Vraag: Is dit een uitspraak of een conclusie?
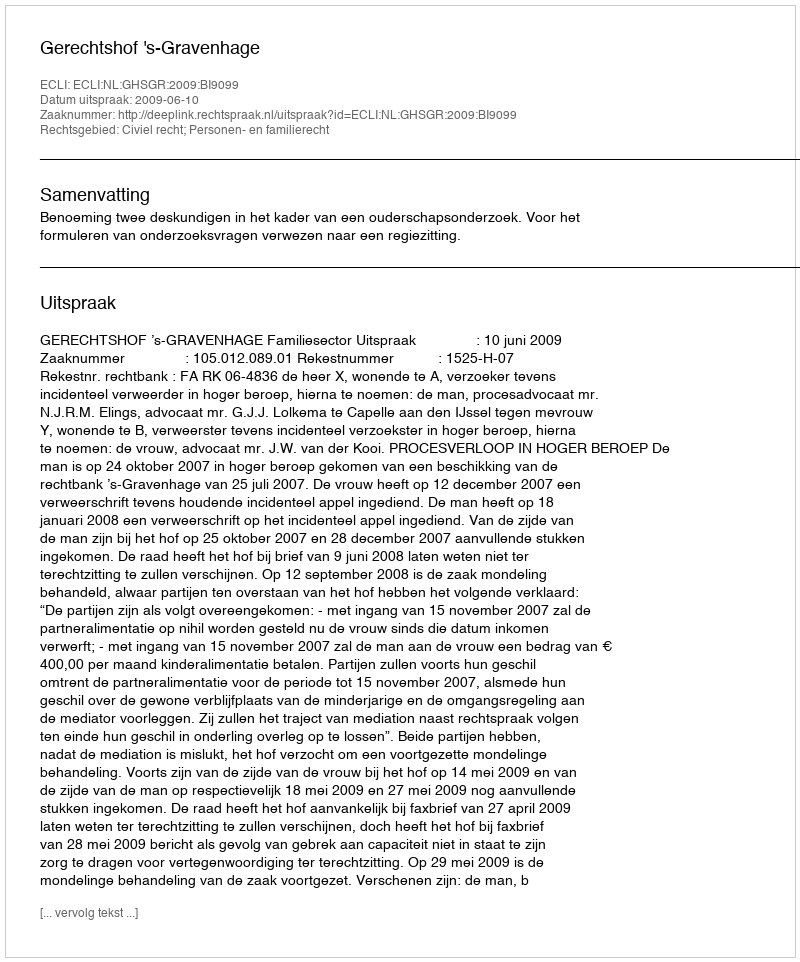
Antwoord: Uitspraak